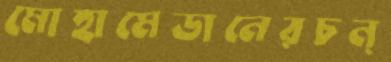
মোহামেডানেরচন্